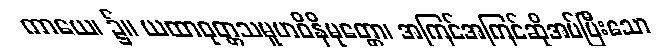
ကာယေ၊ ၌။ ယထာဝုတ္တသမူဟဝိနိမုတ္တော၊ အကြင်အကြင်ဆိုအပ်ပြီးသော